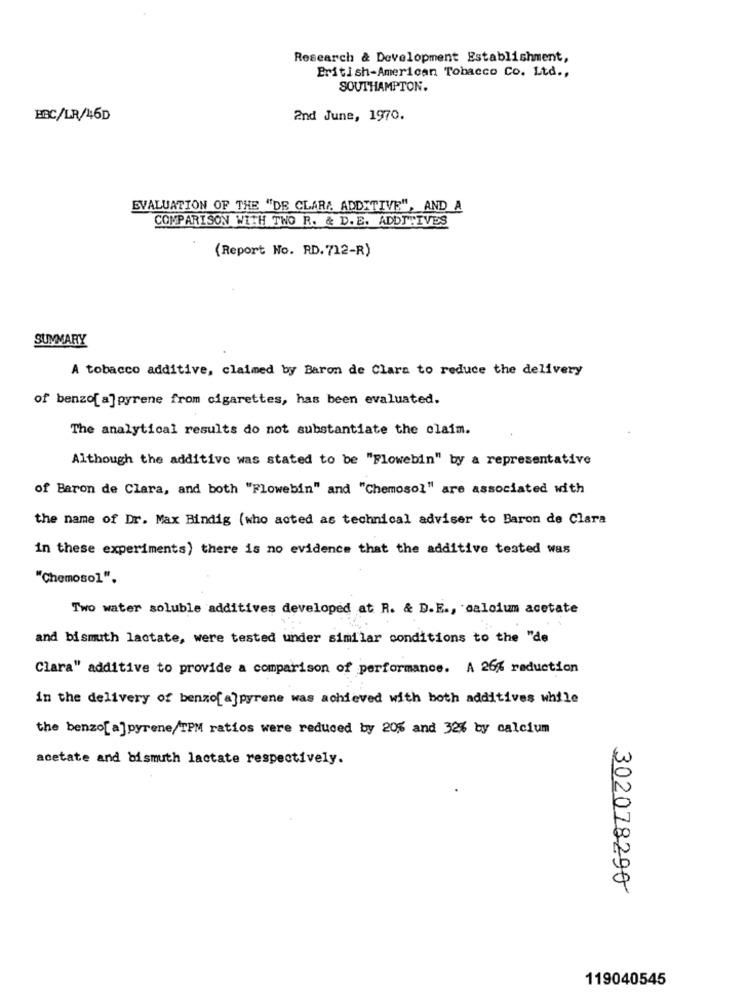
Research & Development Establishment,
British-American Tobacco Co. Ltd .,
SOUTHAMPTON.
BAC/LR/46D
2nd June, 1970.
EVALUATION OF THE "DE CLARA ADDITIVE", AND A
COMPARISON WITH TWO R. & D.E. ADDITIVES
(Report No. RD.712-R)
SUMMARY
A tobacco additive, claimed by Baron de Clara to reduce the delivery
of benzo[ a] pyrene from cigarettes, has been evaluated.
The analytical results do not substantiate the claim.
Although the additive was stated to be "Flowebin" by a representative
of Baron de Clara, and both "Flowebin" and "Chemosol" are associated with
the name of Dr. Max Bindig (who acted as technical adviser to Baron de Clara
in these experiments) there is no evidence that the additive tested was
"Chemosol".
Two water soluble additives developed at R. & D.E ., calcium acetate
and bismuth lactate, were tested under similar conditions to the "de
Clara" additive to provide a comparison of performance. A 26% reduction
in the delivery of benzo[a]pyrene was achieved with both additives while
the benzo[ a] pyrene/TPM ratios were reduced by 20% and 32% by calcium
acetate and bismuth lactate respectively.
302018290
119040545